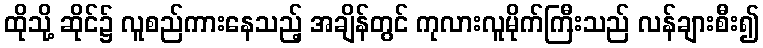
ထိုသို့ ဆိုင်၌ လူစည်ကားနေသည့် အချိန်တွင် ကုလားလူမိုက်ကြီးသည် လန်ချားစီး၍